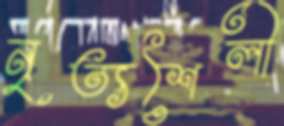
নৃত্যশৈলী